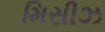
મિસીઝ